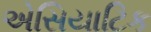
એસિયાટિક